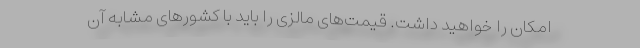
امکان را خواهید داشت. قیمت‌های مالزی را باید با کشورهای مشابه آن